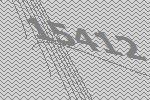
15412